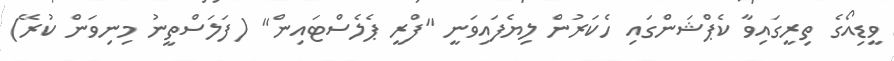
ވީޑިއޯގެ ތިރީގައިވާ ކެޕްޝަންގައި ހެކަރުން ލިޔެފައިވަނީ "ފްރީ ޕެލެސްޓައިން" (ފަލަސްތީނު މިނިވަން ކުރޭ)